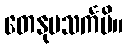
တေနုပသင်္ကမိ။